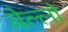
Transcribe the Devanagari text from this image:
गेल्लो